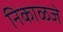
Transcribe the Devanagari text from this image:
निकाळजे